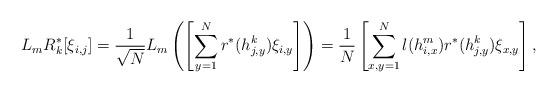
LaTeX: \begin{align*}L_m R^*_k [\xi_{i,j}] &= \frac{1}{\sqrt{N}}L_m \left(\left[ \sum^N_{y=1} r^*(h^k_{j,y}) \xi_{i,y} \right] \right) = \frac{1}{N} \left[\sum^N_{x,y=1} l(h^m_{i,x}) r^*(h^k_{j,y}) \xi_{x,y} \right],\end{align*}